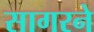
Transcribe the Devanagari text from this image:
सागरने